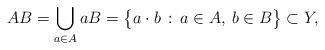
LaTeX: \begin{align*}AB = \bigcup_{a \in A} aB = \big\{ a \cdot b \, : \, a \in A, \: b \in B \big\} \subset Y,\end{align*}